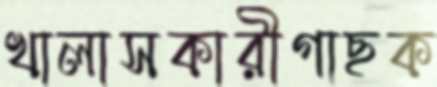
খালাসকারীগাছক